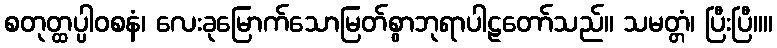
စတုတ္ထပ္ပါဝစနံ၊ လေးခုမြောက်သောမြတ်စွာဘုရာပါဠတော်သည်။ သမတ္တံ၊ ပြီးပြီ။။